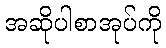
အဆိုပါစာအုပ်ကို